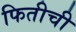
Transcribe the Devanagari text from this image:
फितीची